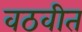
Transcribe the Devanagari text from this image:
वठवीत